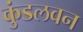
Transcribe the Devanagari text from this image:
कुंडलवन